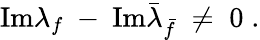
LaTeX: \mathrm{Im}\lambda_{f}~-~\mathrm{Im}\bar{\lambda}_{\bar{f}}\; \neq\; 0\; .